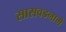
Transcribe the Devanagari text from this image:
सासवडनामे